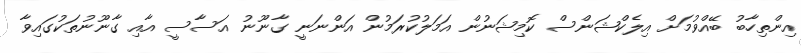
އިންތިހާބު ބޭއްވުމަށް އިލެކްޝަންސް ކޮމިޝަނުން އަމަލުކުރަމުން އަންނަނީ ގާނޫނު އަސާސީ އާއި ގާނޫނުތަކުގައިވާ